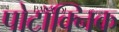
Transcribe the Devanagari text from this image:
पोटॉक्निक